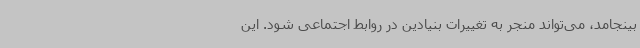
بینجامد، می‌تواند منجر به تغییرات بنیادین در روابط اجتماعی شود. این